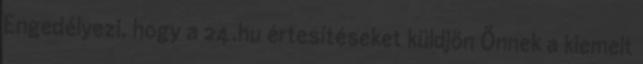
Engedélyezi, hogy a 24.hu értesítéseket küldjön Önnek a kiemelt